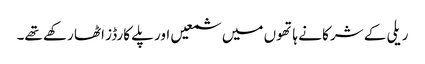
ریلی کے شرکا نے ہاتھوں میں شمعیں اور پلے کارڈز اٹھا رکھے تھے۔